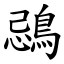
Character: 鵋